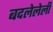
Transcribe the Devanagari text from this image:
बदलेलेली